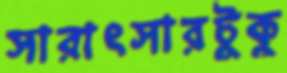
সারাৎসারটুকু